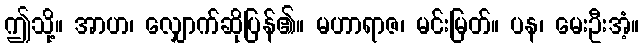
ဤသို့။ အာဟ၊ လျှောက်ဆိုပြန်၏။ မဟာရာဇ၊ မင်းမြတ်။ ပန၊ မေးဦးအံ့။